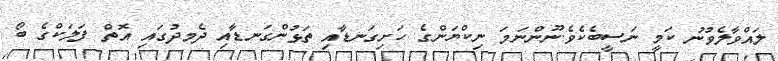
ލައްވާލެވުނު ކަމީ ނަސީބެކެވެ.ނޫންނަމަ ނިކްޔަންގެ ހަށިގަނޑާއި ތަޅުންގަނޑާއި ދެމދުގައި އޮތް ފަލަކްގެ ބޯ